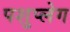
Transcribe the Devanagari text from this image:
पशुप्लेग